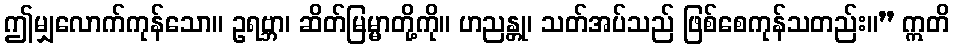
ဤမျှလောက်ကုန်သော။ ဥရဗ္ဘာ၊ ဆိတ်မြမ္မာတို့ကို။ ဟညန္တု၊ သတ်အပ်သည် ဖြစ်စေကုန်သတည်း။” ဣတိ